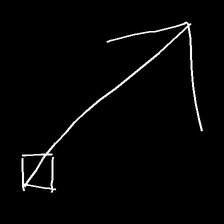
Glyph: focus